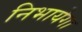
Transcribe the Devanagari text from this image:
निभायेगा